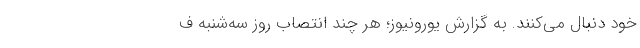
خود دنبال می‌کنند. به گزارش یورونیوز؛ هر چند انتصاب روز سه‌شنبه ف